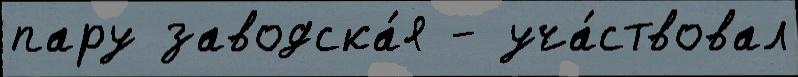
пару заводска́я - уча́ствовал